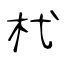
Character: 杙